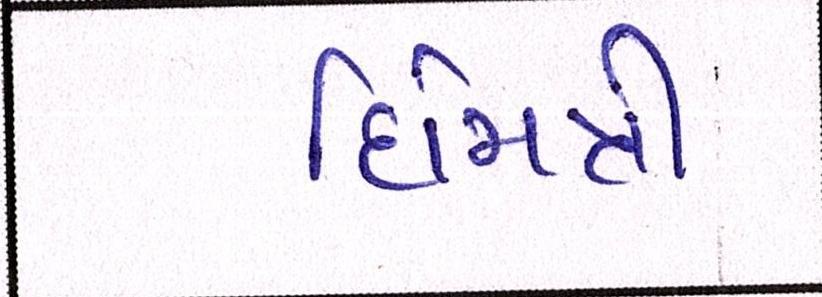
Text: દિમિત્રી